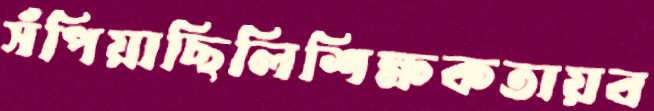
সঁপিয়াছিলিশিক্ষকতায়ব